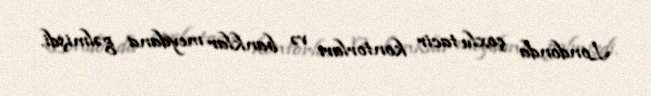
Londonda çoxlu tacir kontorları və banklar meydana gəlmişdi.